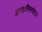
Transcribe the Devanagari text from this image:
अन्तःनिस्पंदन